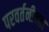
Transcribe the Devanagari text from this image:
परवर्तनीयता